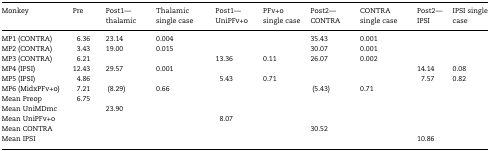
<table><thead><tr><td><b>Monkey</b></td><td><b>Pre</b></td><td><b>Post1—thalamic</b></td><td><b>Thalamic single case</b></td><td><b>Post1—UniPFv+o</b></td><td><b>PFv+o single case</b></td><td><b>Post2—CONTRA</b></td><td><b>CONTRA single case</b></td><td><b>Post2—IPSI</b></td><td><b>IPSI single case</b></td></tr></thead><tbody><tr><td>MP1 (CONTRA)</td><td>6.36</td><td>23.14</td><td>0.004</td><td></td><td></td><td>35.43</td><td>0.001</td><td></td><td></td></tr><tr><td>MP2 (CONTRA)</td><td>3.43</td><td>19.00</td><td>0.015</td><td></td><td></td><td>30.07</td><td>0.001</td><td></td><td></td></tr><tr><td>MP3 (CONTRA)</td><td>6.21</td><td></td><td></td><td>13.36</td><td>0.11</td><td>26.07</td><td>0.002</td><td></td><td></td></tr><tr><td>MP4 (IPSI)</td><td>12.43</td><td>29.57</td><td>0.001</td><td></td><td></td><td></td><td></td><td>14.14</td><td>0.08</td></tr><tr><td>MP5 (IPSI)</td><td>4.86</td><td></td><td></td><td>5.43</td><td>0.71</td><td></td><td></td><td>7.57</td><td>0.82</td></tr><tr><td>MP6 (MidxPFv+o)</td><td>7.21</td><td>(8.29)</td><td>0.66</td><td></td><td></td><td>(5.43)</td><td>0.71</td><td></td><td></td></tr><tr><td>Mean Preop</td><td>6.75</td><td></td><td></td><td></td><td></td><td></td><td></td><td></td><td></td></tr><tr><td>Mean UniMDmc</td><td></td><td>23.90</td><td></td><td></td><td></td><td></td><td></td><td></td><td></td></tr><tr><td>Mean UniPFv+o</td><td></td><td></td><td></td><td>8.07</td><td></td><td></td><td></td><td></td><td></td></tr><tr><td>Mean CONTRA</td><td></td><td></td><td></td><td></td><td></td><td>30.52</td><td></td><td></td><td></td></tr><tr><td>Mean IPSI</td><td></td><td></td><td></td><td></td><td></td><td></td><td></td><td>10.86</td><td></td></tr></tbody></table>